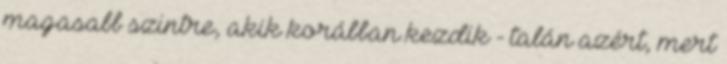
magasabb szintre, akik korábban kezdik - talán azért, mert